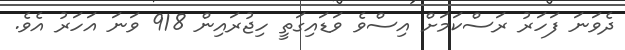
ދެވަނަ ފަހަރު ރަސްކަމަށް އިސްވެ ވަޑައިގަތީ ހިޖުރައިން 918 ވަނަ އަހަރު އެވެ.